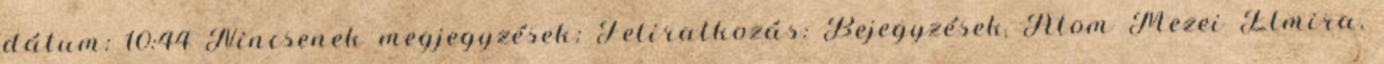
dátum: 10:44 Nincsenek megjegyzések: Feliratkozás: Bejegyzések Atom Mezei Elmira,